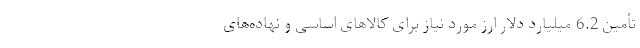
تأمین 6.2 میلیارد دلار ارز مورد نیاز برای کالاهای اساسی و نهاده‌های